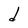
Character: d